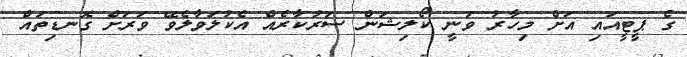
ގެ ޕީޓީއައި އަށް މިހާރު ވަނީ ކޯލިޝަން ސަރުކާރެއް އެކުލަވާލެވޭ ވަރަށް ގޮނޑިތައް